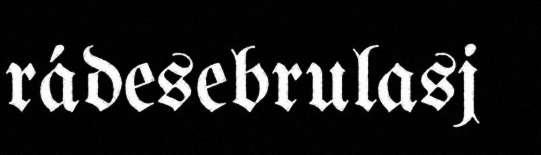
rádesebrulasj